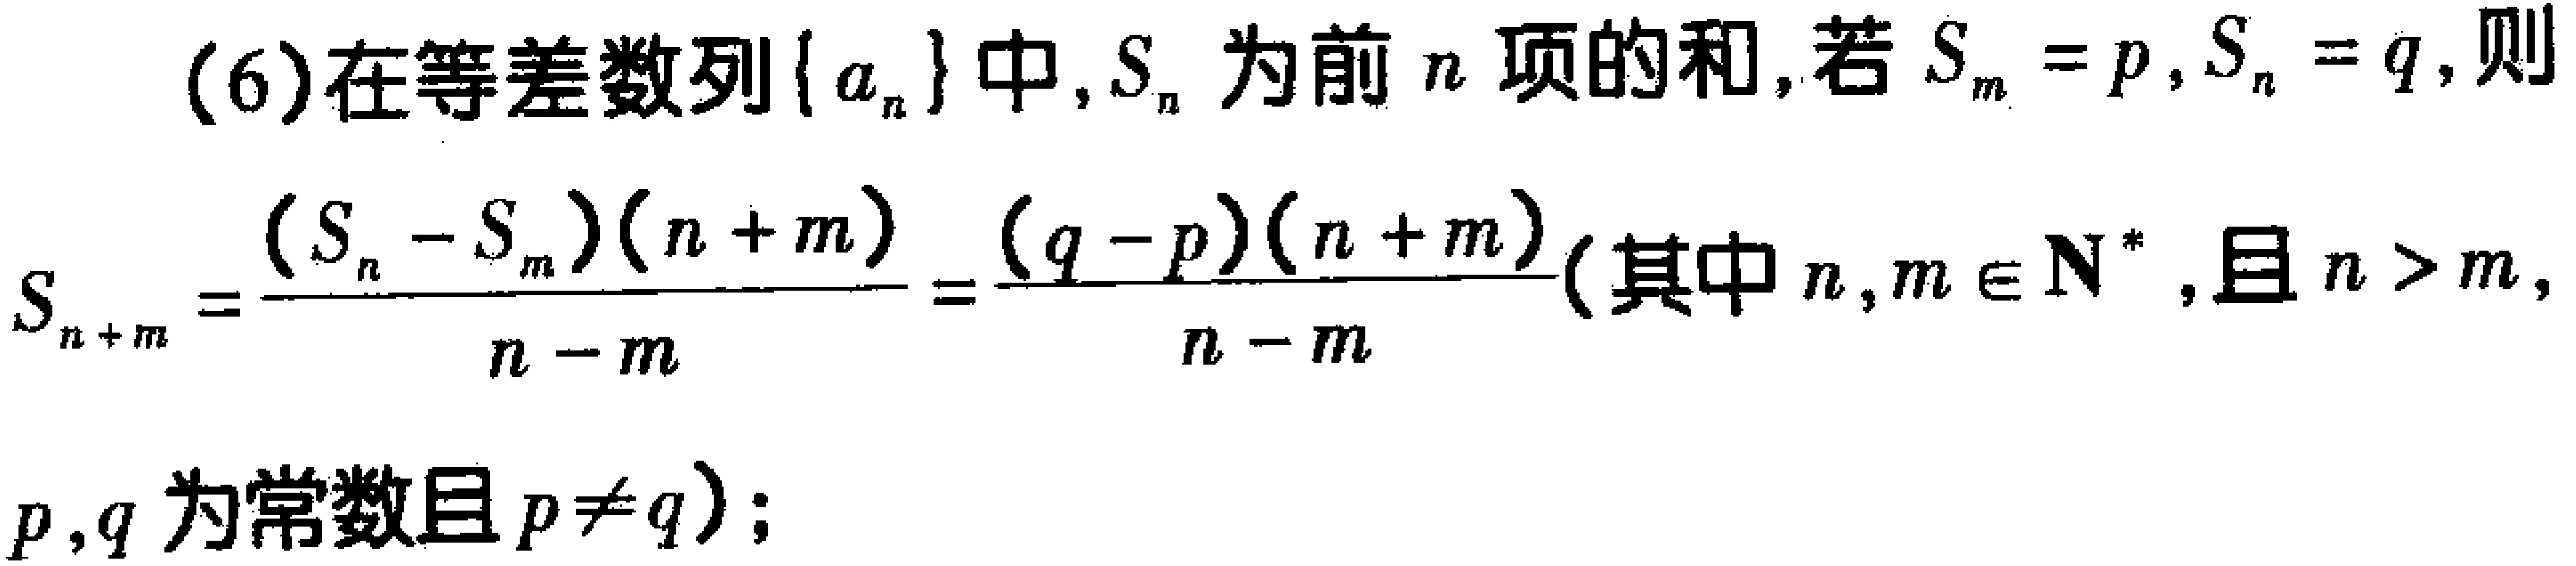
(6)在等差数列\(\{ a_{n}\}\)中，\(S_{n}\)为前\(n\)项的和，若\(S_{m}=p\)，\(S_{n}=q\)，则
\(S_{n + m}=\frac{(S_{n}-S_{m})(n + m)}{n - m}=\frac{(q - p)(n + m)}{n - m}\)(其中\(n,m\in \mathbf{N}^{*}\)，且\(n>m\)，\(p,q\)为常数且\(p\neq q\))；